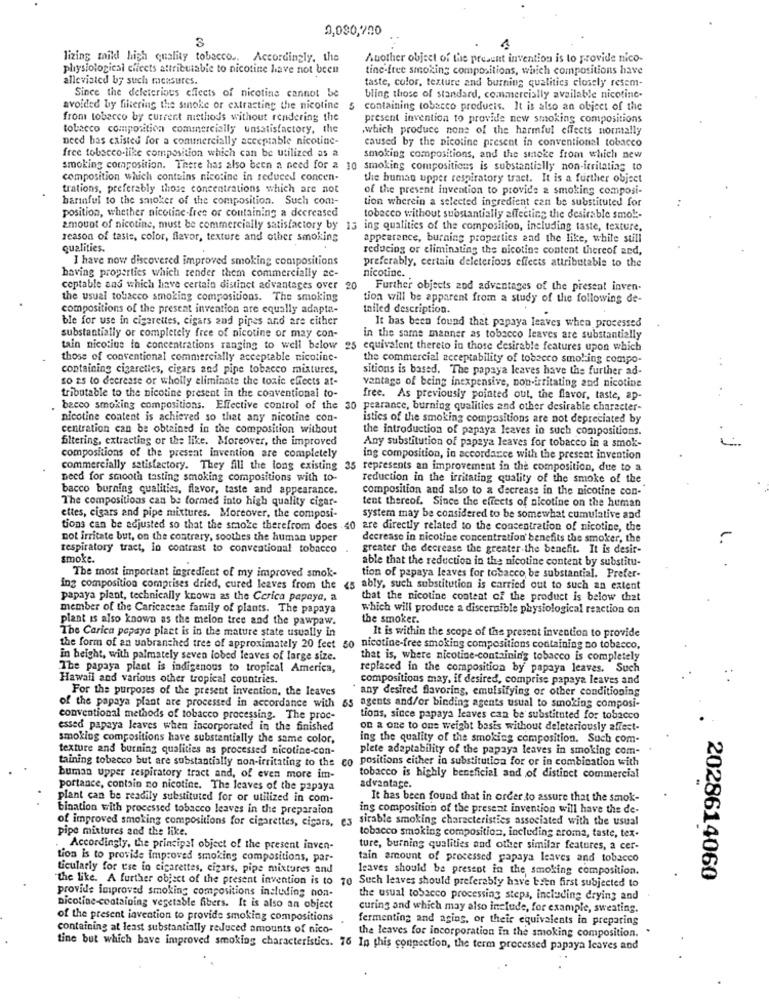
9,090,720
lizing mikl high quality tobacco .. Accordingly, the
Another object of the present invention is to provide nico-
physiological effects attributable to nicotine have not been
tine-free smoking compositions, which compositions have
alleviated by such measures.
taste, color, texture and burning qualities closely resem-
Since the deleterious effects of nicotine cannot be
bling those of standard, commercially available nicotine.
avoided by filtering the smoke or extracting the nicotine
containing tobacco products. It is also an object of the
from tobacco by current methods without rendering the
present invention to provide new smoking compositions
tobacco composition commercially unsatisfactory, the
,which produce none of the harmful effects normally
need has existed for a commercially acceptable nicotine-
caused by the nicotine present in conventional tobacco
free tobacco-like composition which can be utilized as a
smoking compositions, and the smoke from which new
smoking composition. There has also been a need for a 10 smoking compositions is substantially non-irritating to
composition which contains nicotine in reduced concen-
the human upper respiratory tract. It is a further object
trations, preferably those concentrations which are not
of the present invention to provide 2 smoking composi-
harinful to the smoker of the composition. Such com-
tion wherein a selected ingredient can be substituted for
position, whether nicotine-free or containing a decreased
tobacco without substantially affecting the desirable smo !:-
amount of nicotine, must be commercially satisfactory by 15 ing qualities of the composition, including taste, texture,
reason of taste, color, flavor, texture and other smoking
appearance, burning properties and the like, while still
qualities.
reducing or eliminating the nicotine content thereof ard,
I have now discovered improved smoking compositions
preferably, certain deleterious effects attributable to the
having properties which render them commercially ac-
nicotine. .
ceptable and which have certain distinct advantages over 20 Further objects zod advantages of the present inven.
the usual tobacco smoking compositions. The smoking
tion will be apparent from a study of the following de-
compositions of the present invention are equally adapta-
tailed description.
ble for use in cigarettes, cigars and pipes and are either
It bas been found that papaya leaves when processed
substantially or completely free of nicotine or may con-
in the same manner as tobacco leaves are substantially
tain nicotine to concentrations ranging to well below 25 equivalent thereto in those desirable features upon which
those of conventional commercially acceptable nicotine-
the commercial acceptability of tobacco smoking compo-
containing cigarettes, cicars and pipe tobacco mixtures,
sitions is based. The papaya leaves have the further ad-
so as to decrease or wholly eliminate the toxic effects at-
vantage of being inexpensive, non-irritating and nicotine
tributable to the nicotine present in the conventional to-
free. As previously pointed out, the flavor, taste, ap-
becco smoking compositions. Effective control of the 30
pearance, burning qualities and other desirable character-
nicotine content is achieved so that any nicotine con-
istics of the smoking compositions are not depreciated by
centration can be obtained in the composition without
the introduction of papaya leaves in such compositions.
filtering, extracting or the like. Moreover, the improved
Any substitution of papaya leaves for tobacco in a smok-
compositions of the present invention are completely
ing composition, in accordance with the present invention
commercially satisfactory. They fill the long existing
35 represents an improvement in the composition, due to a
need for smooth tasting smoking compositions with to-
reduction in the irritating quality of the smoke of the
bacco burning qualities, flavor, taste and appearance.
composition and also to a decrease in the nicotine con-
The compositions can be formed into high quality cigar-
tent thereof. Since the effects of nicotine on the human
ettes, cigars and pipe mixtures. Moreover, the composi-
system may be considered to be somewhat cumulative and
tions can be adjusted so that the smoke therefrom does 40 are directly related to the concentration of nicotine, the
not irritate but, on the contrary, soothes the human upper
decrease in nicotine concentration' benefits the smoker, the
respiratory tract, In contrast to conventional tobacco
greater the decrease the greater the benefit. It is desir-
smoke.
able that the reduction in the nicotine content by substitu-
The most important ingredient of my improved smok-
tion of papaya leaves for tobacco be substantial. Prefer-
ing composition comprises dried, cured leaves from the <5 ably, such substitution is carried out to such an extent
papaya plant, technically known as the Cerica papaya, a
that the nicotine content of the product is below that
member of the Caricaceae family of plants. The papaya
which will produce a discernible physiological reaction on
plant is also known as the melon tree and the pawpaw.
the smoker.
The Carica papaya plaet is in the mature state usually in
It is within the scope of the present invention to provide
the form of an unbranched tres of approximately 20 feet 50 nicotine-free smoking compositions containing no tobacco,
in height, with palmately seven lobed leaves of large size.
that is, where nicotine-containing tobacco is completely
The papaya plant is indigenous to tropical America,
replaced in the composition by papaya leaves. Such
Hawail and various other tropical countries.
compositions may, if desired, comprise papaya leaves and
For the purposes of the present invention, the leaves
any desired flavoring, emulsifying or other conditioning
of the papaya plant are processed in accordance with
s agents and/or binding agents usual to smoking composi-
conventional methods of tobacco processing. The proc-
tions, since papaya leaves can be substituted for tobacco
essed papaya leaves when incorporated in the finished
on a one to one weight basis without deleteriously affect-
smoking compositions have substantially the same color,
ing the quality of the smoking composition. Such com-
texture and burning qualities as processed nicotine-con-
plete adaptability of the papaya leaves in smoking com-
taining tobacco but are substantially non-irritating to the co positions either in substitution for or in combination with
buman upper respiratory tract and, of even more im-
tobacco is highly beneficial and ,of distinct commercial
portance, contain no nicotine. The leaves of the papaya
advantage.
plant can be readily substituted for or utilized in com-
It has been found that in order to assure that the smok-
bination with processed tobacco leaves in the preparaion
ing composition of the present invention will have the de-
of improved smoking compositions for cigarettes, cigars, e3
sirable smoking characteristics associated with the usual
pipe mixtures and the like.
tobacco smoking composition, including aroma, taste, tex-
Accordingly, the principal object of the present inven-
ture, burning qualities and other similar features, a cer-
tion is to provide Improved smoking compositions, par-
tain amount of processed papaya leaves and tobacco
ticularly for use in cigarettes, cigars, pipe mixtures and
leaves should be present in the smoking composition.
the like. A further object of the present invention is to 70 Such leaves should preferably have bien first subjected to
: 2028614060
provide improved smoking compositions including non-
the usual tobacco processing steps, including drying and
Dicotine-containing vegetable fibers. It is also an object
curing and which may also include, for example, sweating.
of the present invention to provide smoking compositions
fermenting and aging, or their equivalents in preparing
containing at least substantially reduced amounts of nico-
the leaves for incorporation In the smoking composition.
tine but which have improved smoking characteristics. 76 In this connection, the term processed papaya leaves and